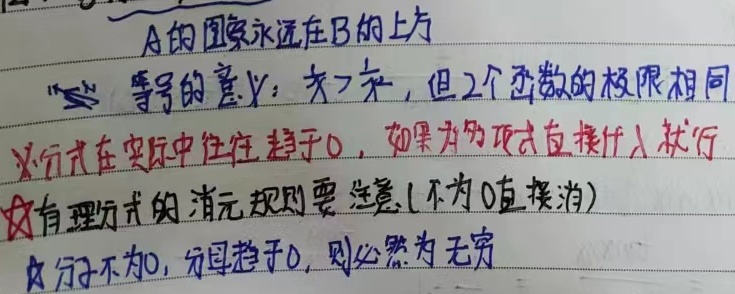
A的图象永远在B的上方。等号的意义：\(x_1\neq x_2\)，但2个函数的极限相同。✰ 行列式在实际中往往趋于0，如果为多项式直接代入就行。✰ 有理分式的消元规则要注意（不为0直接消）。✰ 分子不为0，分母趋于0，则必然为无穷。